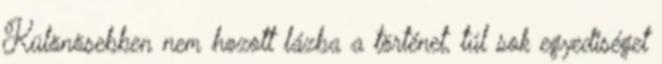
Különösebben nem hozott lázba a történet, túl sok egyediséget